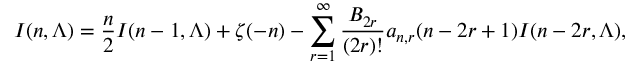
I ( n , \Lambda ) = { \frac { n } { 2 } } I ( n - 1 , \Lambda ) + \zeta ( - n ) - \sum _ { r = 1 } ^ { \infty } { \frac { B _ { 2 r } } { ( 2 r ) ! } } a _ { n , r } ( n - 2 r + 1 ) I ( n - 2 r , \Lambda ) ,